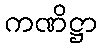
ကဏိဋ္ဌာ